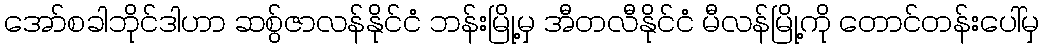
အော်စခါဘိုင်ဒါဟာ ဆစွ်ဇာလန်နိုင်ငံ ဘန်းမြို့မှ အီတလီနိုင်ငံ မီလန်မြို့ကို တောင်တန်းပေါ်မှ